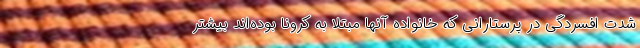
شدت افسردگی در پرستارانی که خانواده آنها مبتلا به کرونا بوده‌اند بیشتر